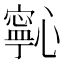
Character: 𭟋